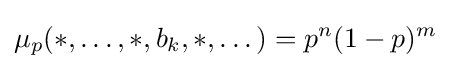
\mu _{p}(*,\dots ,*,b_{k},*,\dots )=p^{n}(1-p)^{m}